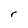
Character: r